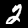
Label: 2